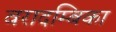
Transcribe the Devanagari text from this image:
वरादम्बिका